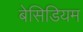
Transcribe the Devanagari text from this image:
बेसिडियम